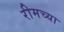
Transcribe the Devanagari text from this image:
रीमच्या